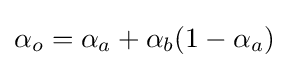
\alpha _{o}=\alpha _{a}+\alpha _{b}(1-\alpha _{a})